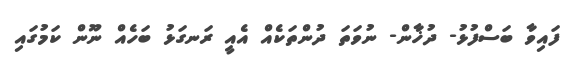
ފައިވާ ބަސްފުޅު- ދުޚާން- ނުވަތަ ދުންތަކެއް އެއީ ރަނގަޅު ބަހެއް ނޫން ކަމުގައި